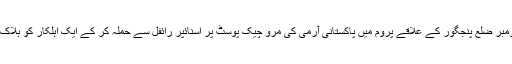
2 نومبر ضلع پنجگور کے علاقے پروم میں پاکستانی آرمی کی مرو چیک پوسٹ پر اسنائپر رائفل سے حملہ کر کے ایک اہلکار کو ہلاک کیا۔